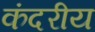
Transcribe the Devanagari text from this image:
कंदरीय